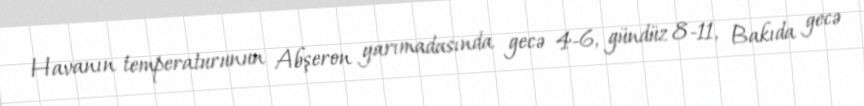
Havanın temperaturunun Abşeron yarımadasında gecə 4-6, gündüz 8-11, Bakıda gecə